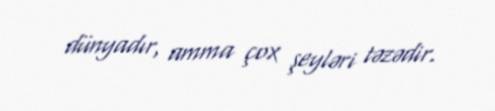
dünyadır, amma çox şeyləri təzədir.